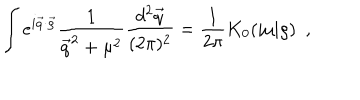
\int e ^ { i \vec { q } \cdot \vec { \varrho } } \frac { 1 } { \vec { q } ^ { 2 } + \mu ^ { 2 } } \frac { d ^ { 2 } \vec { q } } { ( 2 \pi ) ^ { 2 } } = \frac { 1 } { 2 \pi } K _ { 0 } ( | \mu | \varrho ) ~ ~ ,